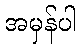
အမှန်ပါ